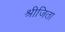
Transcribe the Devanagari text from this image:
श्रीजिता